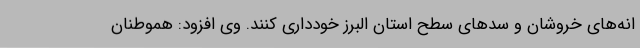
انه‌های خروشان و سدهای سطح استان البرز خودداری کنند. وی افزود: هموطنان